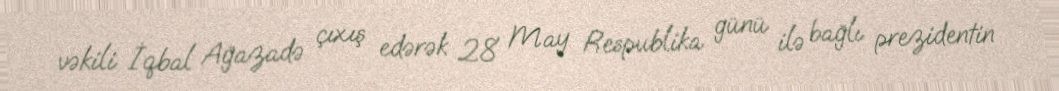
vəkili İqbal Ağazadə çıxış edərək 28 May Respublika günü ilə bağlı prezidentin